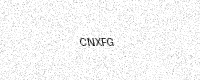
Text: CNXFG